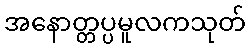
အနောတ္တပ္ပမူလကသုတ်